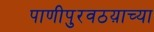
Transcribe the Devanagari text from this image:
पाणीपुरवठय़ाच्या